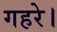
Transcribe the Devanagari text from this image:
गहरे।